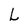
Character: L